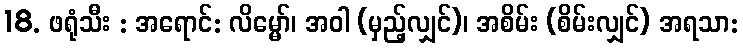
18. ဖရုံသီး : အရောင်: လိမ္မော်၊ အဝါ (မှည့်လျှင်)၊ အစိမ်း (စိမ်းလျှင်) အရသာ: